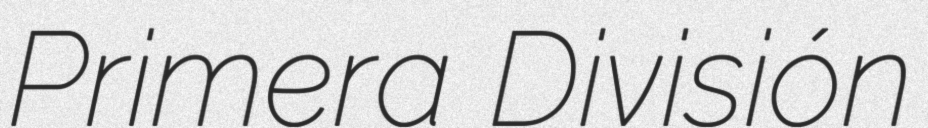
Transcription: Primera División